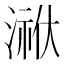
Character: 𭱳